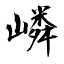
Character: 嶙